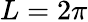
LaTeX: L=2\pi